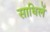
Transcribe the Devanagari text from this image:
साधिलें